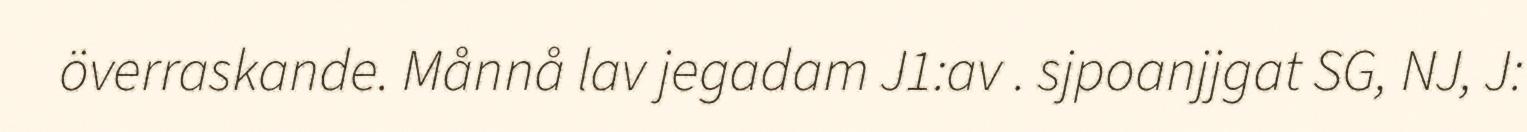
överraskande. Månnå lav jegadam J1:av . sjpoanjjgat SG, NJ, J: